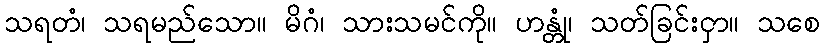
သရတံ၊ သရမည်သော။ မိဂံ၊ သားသမင်ကို။ ဟန္တုံ၊ သတ်ခြင်းငှာ။ သစေ